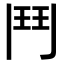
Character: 鬥